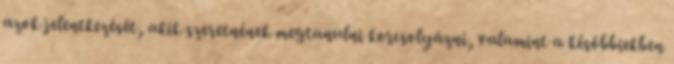
azok jelentkezését, akik szeretnének megtanulni korcsolyázni, valamint a későbbiekben